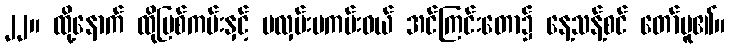
၂၂။ ထို့နောက် ထိုမြစ်ကမ်းနှင့် မလှမ်းမကမ်းဝယ် အင်ကြင်းတော၌ နေ့သန့်စင် တော်မူ၏။